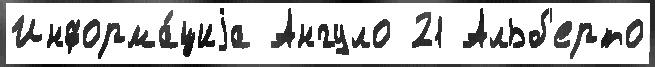
Информа́циjа Ангуло 21 Альб'ерто